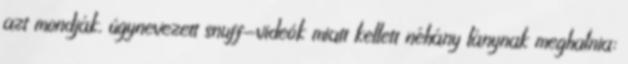
azt mondják, úgynevezett snuff-videók miatt kellett néhány lánynak meghalnia: